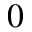
0